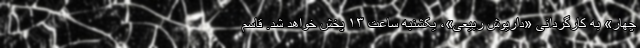
چهار» به کارگردانی «داریوش ربیعی»، یکشنبه ساعت ۱۳ پخش خواهد شد. قاسم